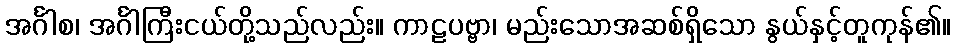
အင်္ဂါစ၊ အင်္ဂါကြီးငယ်တို့သည်လည်း။ ကာဠပဗ္ဗာ၊ မည်းသောအဆစ်ရှိသော နွယ်နှင့်တူကုန်၏။